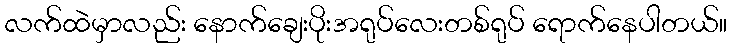
လက်ထဲမှာလည်း နောက်ချေးပိုးအရုပ်လေးတစ်ရုပ် ရောက်နေပါတယ်။